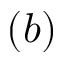
( b )